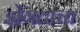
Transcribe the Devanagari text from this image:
झेंगटाचा